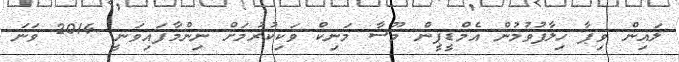
ލައިން ވިޕާ ހިލާފުވުމުން އެމްޑީޕީން މޫސާ މަނިކް ވަކިކުރުމަށް ނިންމާފައިވަނީ 2014 ވަނަ